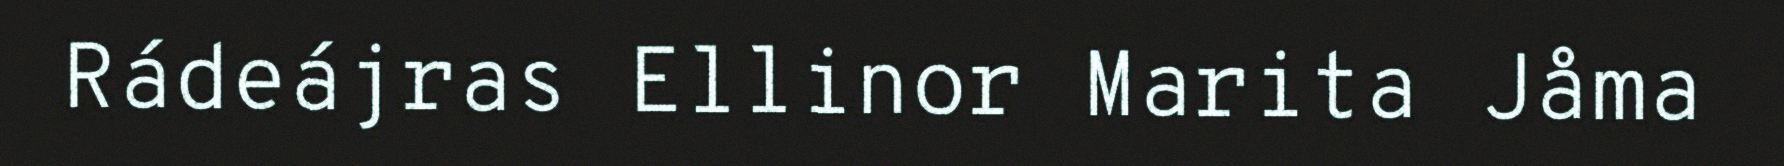
Rádeájras Ellinor Marita Jåma